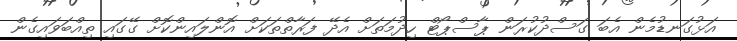
އަޅުގަނޑުމެން އެބަ ގަސްދުކުރަން ޕާސްޕޯޓް ހިދުމަތަށް އެދޭ ފަރާތްތަކަށް އޮންލައިންކޮށް ގޭގައި ތިއްބަވައިގެން